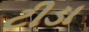
ટીડા